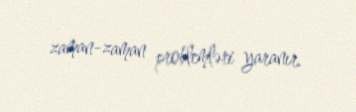
zaman-zaman problemləri yaranır.